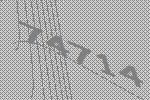
74714